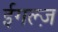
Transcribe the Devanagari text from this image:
ईगल्ज़